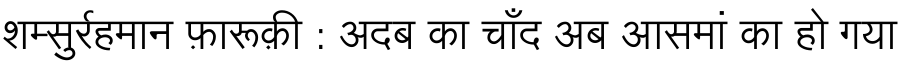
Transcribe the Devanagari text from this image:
शम्सुर्रहमान फ़ारूक़ी : अदब का चाँद अब आसमां का हो गया